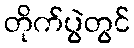
တိုက်ပွဲတွင်